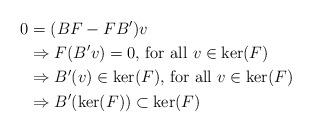
LaTeX: \begin{align*}0 & = (BF-FB')v \\& \Rightarrow F(B'v) = 0\mbox{, for all } v\in\ker(F) \\& \Rightarrow B'(v)\in\ker(F) \mbox{, for all }v\in\ker(F) \\& \Rightarrow B'(\ker(F))\subset \ker(F) \end{align*}